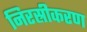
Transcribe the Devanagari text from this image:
निरस्रीकरण